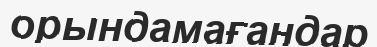
орындамағандар